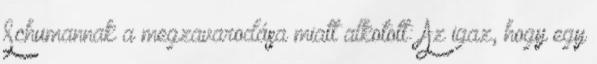
Schumannak a megzavarodása miatt alkotott: Az igaz, hogy egy